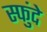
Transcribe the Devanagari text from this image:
स्फुंदे